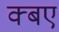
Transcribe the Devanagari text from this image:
क्बए